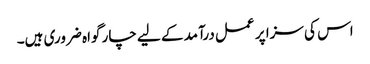
اس کی سزا پر عمل درآمد کے لیے چار گواہ ضروری ہیں۔